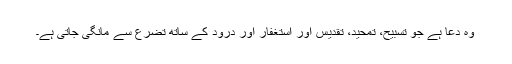
وہ دُعا ہے جو تسبیح، تمحید، تقدیس اور استغفار اور درود کے ساتھ تضرّع سے مانگی جاتی ہے۔